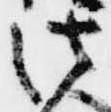
法